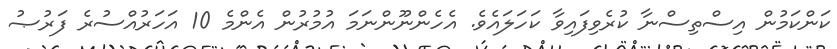
ކަންކަމުން އިސްތިސްނާ ކުރެވިފައިވާ ކަހަލައެވެ. އެހެންނޫންނަމަ އުމުރުން އެންމެ 10 އަހަރުއްސުރެ ފަރުޞު